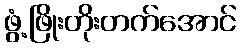
ဖွံ့ဖြိုးတိုးတက်အောင်